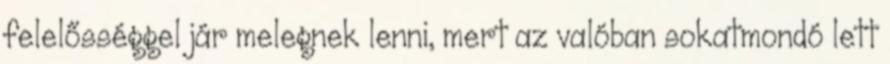
felelősséggel jár melegnek lenni, mert az valóban sokatmondó lett